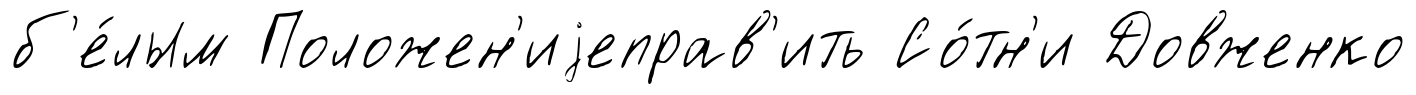
б'е́лым Положен'иjеправ'ить Со́тн'и Довженко